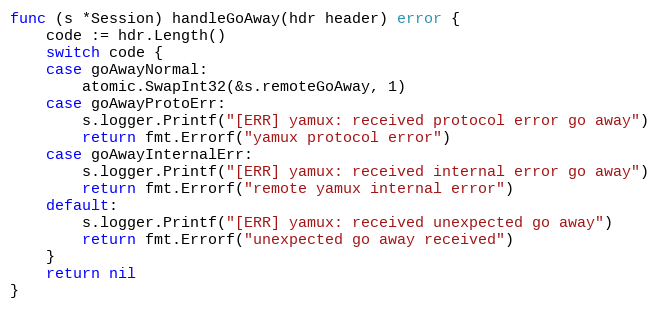
Language: Go
func (s *Session) handleGoAway(hdr header) error {
	code := hdr.Length()
	switch code {
	case goAwayNormal:
		atomic.SwapInt32(&s.remoteGoAway, 1)
	case goAwayProtoErr:
		s.logger.Printf("[ERR] yamux: received protocol error go away")
		return fmt.Errorf("yamux protocol error")
	case goAwayInternalErr:
		s.logger.Printf("[ERR] yamux: received internal error go away")
		return fmt.Errorf("remote yamux internal error")
	default:
		s.logger.Printf("[ERR] yamux: received unexpected go away")
		return fmt.Errorf("unexpected go away received")
	}
	return nil
}